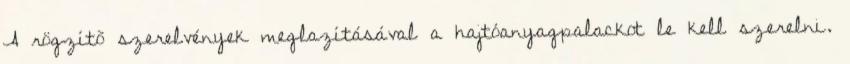
A rögzítõ szerelvények meglazításával a hajtóanyagpalackot le kell szerelni.